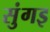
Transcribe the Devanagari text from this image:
सुंगइ